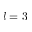
l = 3